Annual report on the working of the mental hospitals in the Madras Presidency - 1912-1932
Year: 1912
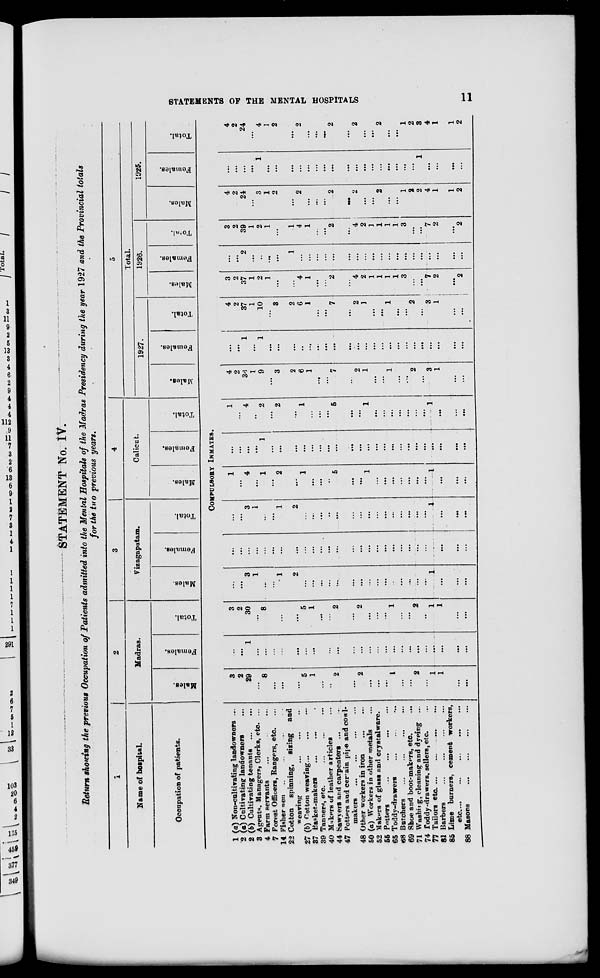
STATEMENTS OF THE MENTAL HOSPITALS
11
STATEMENT No. IV.
Return showing the previous Occupation of Patients admitted into the Mental Hospitals of the Madras Presidency during the year 1927 and the Provincial totals
for the two previous years.
1
Name of hospital.
Occupation of patients.
2
Madras.
Males.
Females.
Total.
3
Vizagapatam.
Males.
Females.
Total.
4
Calicut.
Males.
Females.
Total.
5
Total.
1927.
Males.
Females.
Total.
1926.
Males.
Females.
Total.
1925.
Males.
Females.
Total.
COMPULSORY INMATES.
1 (a) Non-cultivating landowners ...
2 (a) Caltivating landowners ...
2 (b) Cultivating tenants ...
3 Agents, Managers, Clerks, etc. ...
4 Farm servants ... ... ...
7 Forest Officers, Rangers, etc. ...
14 Fisher men ... ... ... ...
22 Cotton spinning, sizing and
weaving ... ... ... ...
27 (b) Cotton weaving ... ... ...
37 Basket-makers ... ... ...
39 Tanners, etc. ... ... ...
40 Makers of leather articles ...
44 Sawyers and carpenters ...
47 Potters and certain pipe and cowl¬
makers ... ... ... ...
48 Other workers in iron ... ...
50 (a) Workers in other metals ...
52 Makers of glass and crystalware.
55 Potters
...
...
...
65 Toddy-drawers ... ... ...
68 Butchers
...
...
...
...
69 Shoe and boot-makers, etc.
...
71 Washing, cleaning and dyeing ...
74 Toddy-drawers, sellers, etc. ...
77 Tailors etc. ...
...
...
81 Barbers
...
...
...
85 Lime burners, cement workers,
etc.
...
...
...
...
...
88 Masons
...
...
...
...
3
2
29
...
8
...
...
...
5
1
...
..
2
2
...
...
...
1
...
...
2
...
1
1
...
...
...
...
1
...
...
...
...
...
...
...
...
...
...
...
...
...
...
...
...
...
...
...
...
...
...
3
2
30
...
8
...
...
...
5
1
...
...
2
...
2
...
...
...
1
...
...
2
...
1
1
...
...
...
...
3
1
...
...
1
2
...
...
...
...
...
...
...
...
...
...
...
...
...
...
...
1
...
...
...
...
...
...
...
...
...
...
...
...
...
...
...
...
...
...
...
...
...
...
...
...
...
...
....
...
...
...
...
...
3
1
...
...
1
2
...
...
...
...
...
...
...
...
...
...
...
...
...
...
...
1
...
...
...
1
...
4
...
1
...
2
...
1
...
...
..
5
...
...
1
...
...
...
...
...
...
...
1
...
...
...
...
...
...
...
1
...
...
...
...
...
...
...
...
...
...
...
...
...
...
...
...
...
...
...
...
...
...
1
...
4
.,
2
...
2
...
1
...
...
...
5
...
...
1
...
...
...
...
...
...
...
1
...
...
...
4
2
36
1
9
...
3
2
6
1
...
...
7
...
2
1
...
...
1
...
...
2
...
3
1
...
...
...
...
1
...
1
...
...
...
...
...
...
...
...
...
...
...
...
...
...
...
...
...
...
...
...
...
...
4
2
37
1
10
...
3
2
6
1
...
...
7
...
2
1
...
...
1
...
...
2
...
3
1
...
...
3
2
37
1
2
1
...
...
4
1
...
...
2
...
4
2
1
1
1
1
3
...
...
7
2
...
2
...
...
2
...
..
...
...
1
...
...
...
...
...
...
...
...
...
...
...
...
...
...
...
...
...
...
...
3
2
39
1
2
1
...
1
4
1
...
...
2
...
4
2
1
1
1
1
3
...
...
7
2
...
2
4
2
24
...
3
1
2
...
2
...
...
...
2
...
2
...
...
2
...
...
1
2
2
4
1
1
2
...
...
...
...
1
...
...
...
...
...
...
...
...
...
...
...
...
...
...
...
...
...
1
...
...
...
4
2
24
...
4
1
2
...
2
...
...
2
...
2
...
...
2
...
...
1
2
3
4
1
1
2